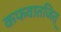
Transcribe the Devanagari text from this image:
कफवातजित्